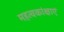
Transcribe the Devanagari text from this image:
महत्वकांक्षाएं